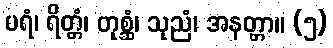
ပရံ၊ ရိတ္တံ၊ တုစ္ဆံ၊ သုညံ၊ အနတ္တာ။ (၅)